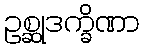
ဥစ္ဆုဒက္ခိဏာ